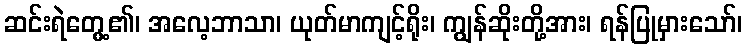
ဆင်းရဲတွေ့၏၊ အလေ့ဘာသာ၊ ယုတ်မာကျင့်ရိုး၊ ကျွန်ဆိုးတို့အား၊ ရန်ပြုမှားသော်၊